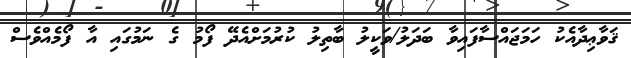
ޤަވާޢިދާއެކު ހަމަޖައްސާފައިވާ ބަދަލު/ވަކީލު ބާތިލު ކުރުމަށްއެދޭ ފޯމު ގެ ނަމުގައި އާ ފޯމެއްވެސް